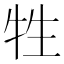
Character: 牲